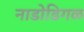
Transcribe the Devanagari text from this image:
नाडोडिगळ